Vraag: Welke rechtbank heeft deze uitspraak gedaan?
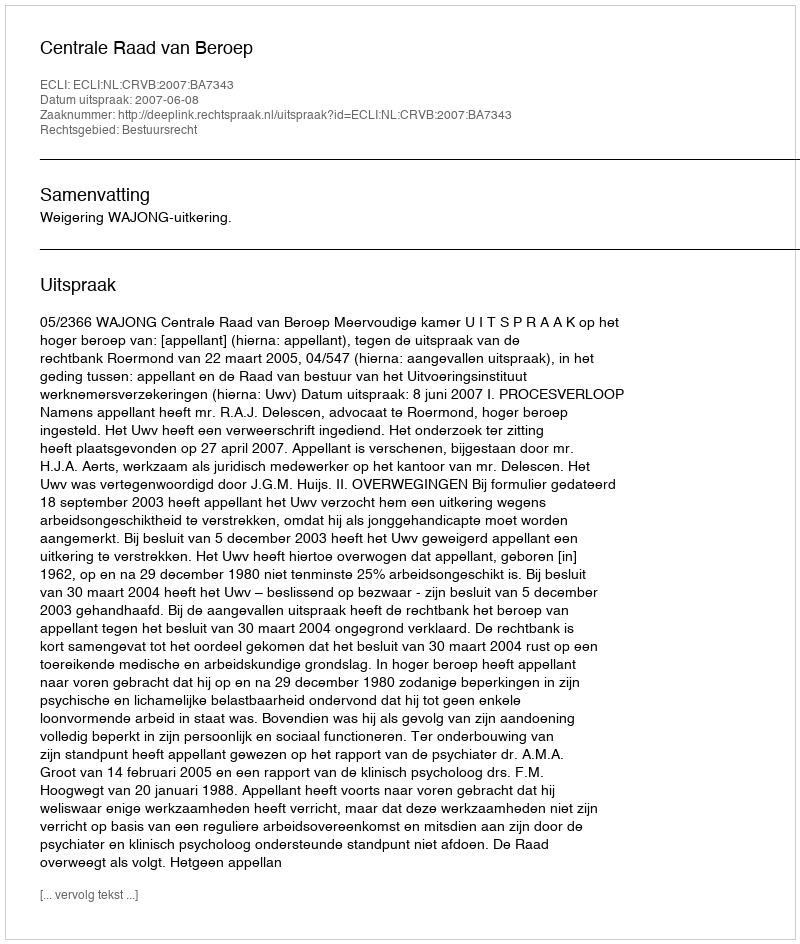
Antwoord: Centrale Raad van Beroep